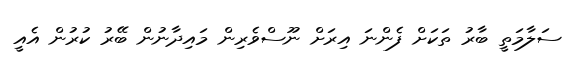
ސަލާމަތީ ބާރު ތަކަށް ފެންނަ އިރަށް ނޫސްވެރިން މައިދާނުން ބޭރު ކުރުން އެއީ